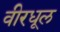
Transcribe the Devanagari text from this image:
वीरधूल